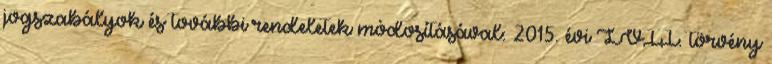
jogszabályok és további rendeletek módosításával: 2015. évi LVII. törvény